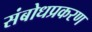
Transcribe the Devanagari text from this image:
संबोधप्रकरण